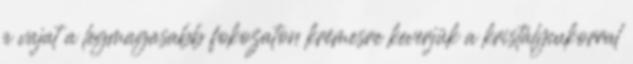
a vajat a legmagasabb fokozaton krémesre keverjük a kristálycukorral